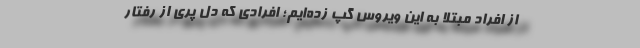
از افراد مبتلا به این ویروس گپ زده‌ایم؛ افرادی که دل پری از رفتار